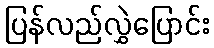
ပြန်လည်လွှဲပြောင်း